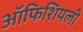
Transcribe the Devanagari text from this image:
ऑफिशियली